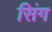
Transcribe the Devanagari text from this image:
सिंग